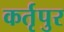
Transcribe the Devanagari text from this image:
कर्तृपुर